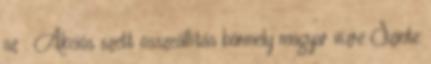
az . Akciós szett összeállítás bármely magyar vízre Szinte